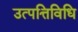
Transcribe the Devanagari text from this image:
उत्पत्तिविधि